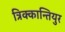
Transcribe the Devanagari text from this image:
त्रिक्कान्तियुर